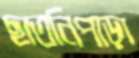
ছাতনিপাড়া